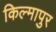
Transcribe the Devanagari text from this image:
किल्मापुर